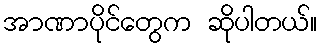
အာဏာပိုင်တွေက ဆိုပါတယ်။